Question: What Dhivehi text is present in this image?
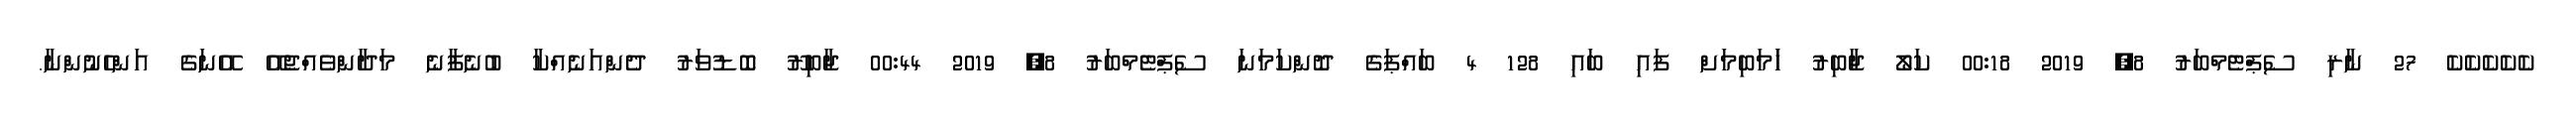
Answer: ކެކެކެކެކެ 27 ނާރި ސެޕްޓެމްބަރު 8, 2019 00:18 ކަލޯ ޖާބިރު ހަަމަބިމަށް ފައި ބައި 128 4 ބައްޕަގެ ދޮންކަމަނަ ސެޕްޓެމްބަރު 8, 2019 00:44 ޖާބިރޫ ބޮޑުވަރު ދެންއަނެއްކާ ބުނެފާނެ މަދާންވެއްޖެއޭ އޭނަގެ އަންހެނުންނާ.